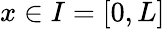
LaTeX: x\in I=[0,L]